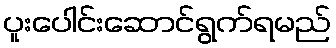
ပူးပေါင်းဆောင်ရွက်ရမည်